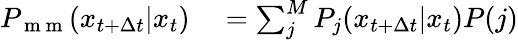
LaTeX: \begin{array}{rl}{P_{\mathrm{~m~m~}}(x_{t+\Delta t}|x_{t})}&{{}=\sum_{j}^{M}P_{j}(x_{t+\Delta t}|x_{t})P(j)}\end{array}